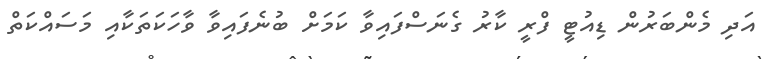
އަދި މެންބަރުން ޑިއުޓީ ފްރީ ކާރު ގެނަސްފައިވާ ކަމަށް ބުނެފައިވާ ވާހަކަތަކާއި މަސައްކަތް